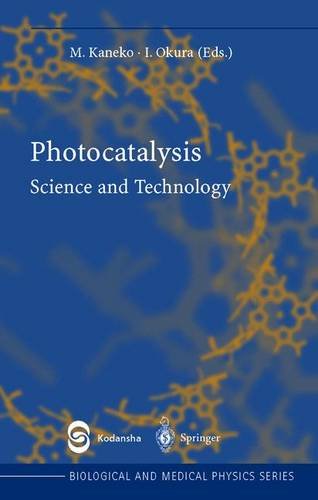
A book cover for Photocatalysis; Science & Math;